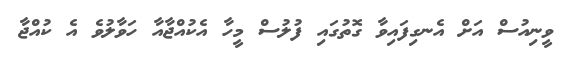
ވީނިއުސް އަށް އެނގިފައިވާ ގޮތުގައި ފުލުސް މީހާ އެކުއްޖާއާ ހަވާލުވެ އެ ކުއްޖާ